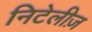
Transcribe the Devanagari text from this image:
निटेलीज़